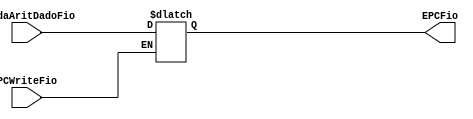
module EPC( input wire [0:0] PCWriteFio, input wire [31:0] SaidaAritDadoFio, output reg [31:0] EPCFio);
	
	always begin 
	
		case(PCWriteFio)

			1'b1:
			begin
				EPCFio <= SaidaAritDadoFio;
			end	
		
		endcase

	end
	
endmodule